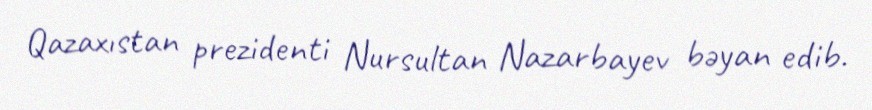
Qazaxıstan prezidenti Nursultan Nazarbayev bəyan edib.